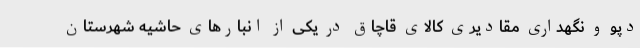
دپو و نگهداری مقادیری کالای قاچاق در یکی از انبارهای حاشیه شهرستان